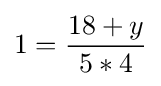
1={\frac {18+y}{5*4}}